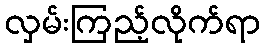
လှမ်းကြည့်လိုက်ရာ